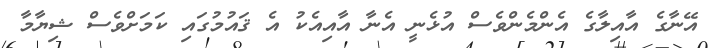
އޭނާގެ އާއިލާގެ އެންމެންވެސް އުޅެނީ އެނާ އާއިއެކު އެ ޤައުމުގައި ކަމަށްވެސް ޝިޔާމާ